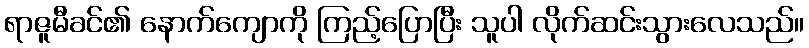
ရာဇူမီခင်၏ နောက်ကျောကို ကြည့်ပြောပြီး သူပါ လိုက်ဆင်းသွားလေသည်။